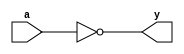
module _inv(a,y); // this module makes inverter
input a; // define input a
output y; // define output y
assign y = ~a; // y is a's inverse
endmodule // end of module

module _nand2(a,b,y); // this module makes 2 input nand gate
input a,b; // define input a,b
output y; // define output y
assign y = ~(a&b); // y is (a and b)'s inverse
endmodule // end of module

module _and2(a,b,y); // this module makes 2 input and gate
input a,b; // define input a,b
output y; // define output y
assign y = a & b; // y is a and b 
endmodule // end of module

module _or2(a,b,y); // this module makes 2 input or gate
input a,b; // define input a,b
output y; // define output y
assign y = a | b; // y is a or b 
endmodule // end of module

module _xor2(a,b,y); // this module makes 2 input xor gate
input a,b; // define input a,b
output y; // define output y
wire inv_a, inv_b; // inv_a means a's inverse, inv_b means b's inverse
wire w0, w1; // w0 means inv_a & b, w1 means a & inv_b
_inv U0_inv(.a(a), .y(inv_a)); // Find inv_a by inv operation of a 
_inv U1_inv(.a(b), .y(inv_b)); // Find inv_b by inv operation of b
_and2 U2_and2(.a(inv_a), .b(b), .y(w0)); // Find w0 by AND operation of inv_a and b
_and2 U3_and2(.a(a), .b(inv_b), .y(w1)); // Find w1 by AND operation of inv_b and a
_or2 U4_or2(.a(w0), .b(w1), .y(y)); // Find y by OR operation of w0 and w1
endmodule // end of module

module _and3(a,b,c,y); // this module makes 3 input and gate
input a,b,c; // define input a,b,c
output y; // define  output y
assign y = a & b & c; // y is a and b and c
endmodule // end of module

module _and4(a,b,c,d,y); // this module makes 4 input and gate
input a,b,c,d; // define input a,b,c,d
output y; // define output y
assign y = a & b & c & d; // y is a and b and c and d
endmodule // end of module

module _and5(a,b,c,d,e,y); // this module makes 5 input and gate
input a,b,c,d,e; // define input a,b,c,d,e
output y; // define output y
assign y = a & b & c & d & e; // y is a and b and c and d and e
endmodule // end of module

module _or3(a,b,c,y);// this module makes 3 input or gate
input a,b,c; // define input a,b,c
output y; // define output y
assign y= a | b | c; // y is a or b or c
endmodule // end of module

module _or4(a,b,c,d,y); // this module makes 4 input or gate
input a,b,c,d; // define input a,b,c,d
output y; // define output y
assign y = a | b | c | d; // y is a or b or c or d
endmodule // end of module

module _or5(a,b,c,d,e,y); // this module makes 5 input or gate
input a,b,c,d,e; // define input a,b,c,d,e
output y; // define output y
assign y = a | b | c | d | e; // define y is a or b or c or d or e
endmodule // end of module

module _inv_4bits(a,y); // this module makes 4 bits inverter 
input [3:0] a; // define 4 bits input a
output [3:0] y; // define 4 bits output y
assign y = ~a; // y is not a
endmodule // end of module

module _and2_4bits(a,b,y); // this module makes 4 bits and gate 
input [3:0] a,b; // define 4 bits input a,b
output [3:0] y; // define 4 bits output y
assign y = a&b; // y is a and b
endmodule // end of module

module _or2_4bits(a,b,y); // this module makes 4 bits or gate
input [3:0] a,b; // define 4 bits input a,b
output [3:0] y; // define 4 bits output y
assign y =a|b; // y = a or b
endmodule // end of module 

module _xor2_4bits(a,b,y); // this module makes 4 bits xor gate
input [3:0] a,b; // define 4 bits input a,b
output [3:0] y; // define 4 bits output y
	_xor2 U0_xor2( // first instance _xor2 gate
	.a(a[0]),
	.b(b[0]), 
	.y(y[0])
	);
	_xor2 U1_xor2( // second instance _xor2 gate
	.a(a[1]),
	.b(b[1]),
	.y(y[1])
	);
	_xor2 U2_xor2( // third instance _xor2 gate
	.a(a[2]),
	.b(b[2]),
	.y(y[2])
	);
	_xor2 U3_xor2( // fourth instance _xor2 gate
	.a(a[3]),
	.b(b[3]),
	.y(y[3])
	);
endmodule // end of module

module _xnor2_4bits(a,b,y); // this module makes 4 bits xnor gate
input [3:0] a,b; // define 4 bits input a,b
output [3:0] y; // define 4 bits output y
wire [3:0] w0; // define 4 bits wire w0
	_xor2_4bits U0_xor2_4bits( // instance _xor2_4bits
	.a(a),
	.b(b),
	.y(w0)
	);
	_inv_4bits U1_inv_4bits( // instance _inv_4bits
	.a(w0),
	.y(y)
	);
endmodule // end of module 

module _inv_32bits(a,y); // this module makes 32 bits inverter
input [31:0] a; // define 32 bits input a
output [31:0] y; // define 32 bits output b
assign y = ~a; // y = ~a
endmodule // end of module

module _and2_32bits(a,b,y); // this module makes 32 bits 2-to-1 and gate
input [31:0] a,b; // define 32 bits input a,b
output [31:0] y; // define 32bits output y
assign y = a&b; // y = a and b
endmodule // end of module

module _or2_32bits(a,b,y); // this module makes 32 bits 2-to-1 or gate
input [31:0] a,b; // define 32bits input a,b
output [31:0] y; // define 32bits output y
assign y = a|b; // y = a or b
endmodule // end of module

module _xor2_32bits(a,b,y); // this module makes 32bits xor2 gate
input [31:0] a,b; // define 32bits input a,b
output [31:0] y; // define 32bits output y

_xor2_4bits U0_xor2_4bits( // 1st instance xor2_4bits
	.a(a[3:0]),
	.b(b[3:0]),
	.y(y[3:0])
	);

_xor2_4bits U1_xor2_4bits( // 2nd instance xor2_4bits
	.a(a[7:4]),
	.b(b[3:0]),
	.y(y[7:4])
	);

_xor2_4bits U2_xor2_4bits( // 3rd instance xor2_4bits
	.a(a[11:8]),
	.b(b[11:8]),
	.y(y[11:8])
	);

_xor2_4bits U3_xor2_4bits( // 4th instance xor2_4bits
	.a(a[15:12]),
	.b(b[15:12]),
	.y(y[15:12])
	);
	
_xor2_4bits U4_xor2_4bits( // 5th instance xor2_4bits
	.a(a[19:16]),
	.b(b[19:16]),
	.y(y[19:16])
	);
	
_xor2_4bits U5_xor2_4bits( // 6th instance xor2_4bits
	.a(a[23:20]),
	.b(b[23:20]),
	.y(y[23:20])
	);

_xor2_4bits U6_xor2_4bits( // 7th instance xor2_4bits
	.a(a[27:24]),
	.b(b[27:24]),
	.y(y[27:24])
	);
	
_xor2_4bits U7_xor2_4bits( // 8th instance xor2_4bits
	.a(a[31:28]),
	.b(b[31:28]),
	.y(y[31:28])
	);

endmodule // end of module 

module _xnor2_32bits(a,b,y); // this module makes xnor2_32bits
input [31:0] a,b; // define 32 bits input a,b
output [31:0] y; // define 32 bits output y

_xnor2_4bits U0_xnor2_4bits( // 1st instance xnor2_4bits
	.a(a[3:0]),
	.b(b[3:0]),
	.y(y[3:0])
	);
	
_xnor2_4bits U1_xnor2_4bits( // 2nd instance xnor2_4bits
	.a(a[7:4]),
	.b(b[7:4]),
	.y(y[7:4])
	);
	
_xnor2_4bits U2_xnor2_4bits( // 3rd instance xnor2_4bits
	.a(a[11:8]),
	.b(b[11:8]),
	.y(y[11:8])
	);

_xnor2_4bits U3_xnor2_4bits( // 4th instance xnor2_4bits
	.a(a[15:12]),
	.b(b[15:12]),
	.y(y[15:12])
	);
	
_xnor2_4bits U4_xnor2_4bits( // 5th instance xnor2_4bits
	.a(a[19:16]),
	.b(b[19:16]),
	.y(y[19:16])
	);
	
_xnor2_4bits U5_xnor2_4bits( // 6th instance xnor2_4bits
	.a(a[23:20]),
	.b(b[23:20]),
	.y(y[23:20])
	);
	
_xnor2_4bits U6_xnor2_4bits( // 7th instance xnor2_4bits
	.a(a[27:24]),
	.b(b[27:24]),
	.y(y[27:24])
	);
	
_xnor2_4bits U7_xnor2_4bits( // 8th instance xnor2_4bits
	.a(a[31:28]),
	.b(b[31:28]),
	.y(y[31:28])
	);
endmodule // end of module